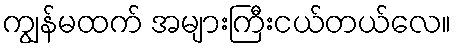
ကျွန်မထက် အများကြီးငယ်တယ်လေ။